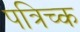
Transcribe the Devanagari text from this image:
पत्रिच्क